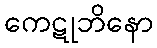
ကေဋုဘိနော